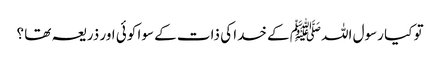
تو کیا رسول اللہﷺ کے خدا کی ذات کے سوا کوئی اور ذریعہ تھا ؟